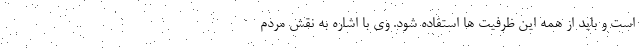
است و باید از همه این ظرفیت ها استفاده شود. وی با اشاره به نقش مردم